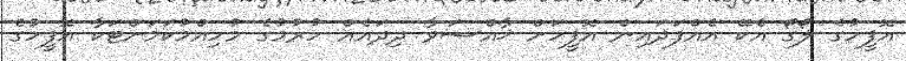
އޮފީހުގެ ލޯގޯ އެކޭ އެއްފަދައިން އޮފީހަށް ޚާއްޞަވާ ދިދައެއް ހުރުމުގެ މުހިއްމުކަމަށްޓަކާ އޮފީހުގެ